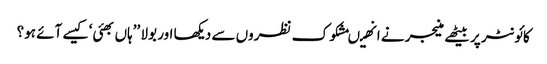
کائونٹر پر بیٹھے منیجر نے انھیںمشکوک نظروں سے دیکھا اور بولا ’’ہاں بھئی‘ کیسے آئے ہو؟